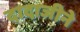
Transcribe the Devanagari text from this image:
दादाजीने